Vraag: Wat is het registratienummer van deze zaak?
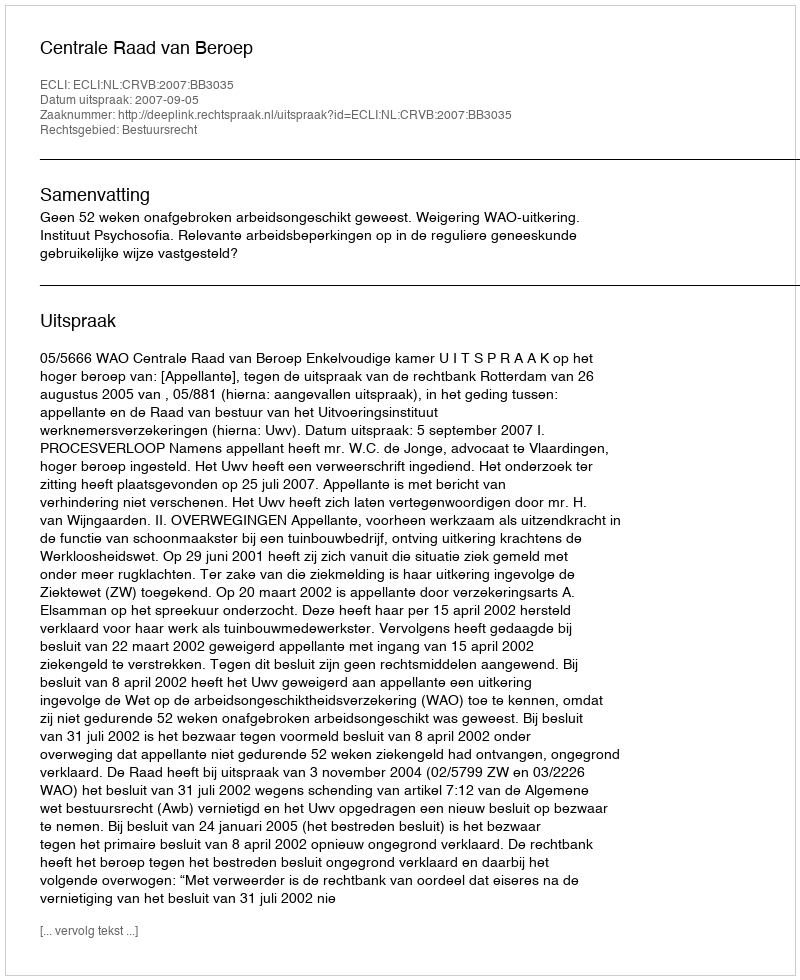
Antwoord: http://deeplink.rechtspraak.nl/uitspraak?id=ECLI:NL:CRVB:2007:BB3035